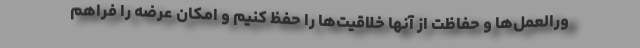
ورالعمل‌ها و حفاظت از آنها خلاقیت‌ها را حفظ کنیم و امکان عرضه را فراهم